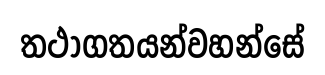
තථාගතයන්වහන්සේ